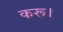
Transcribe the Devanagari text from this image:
करू।